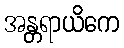
အန္တရာယိကေ